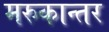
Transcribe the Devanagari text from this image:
मरुकान्तर